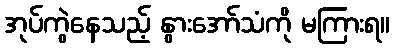
အုပ်ကွဲနေသည့် နွားအော်သံကို မကြားရ။